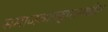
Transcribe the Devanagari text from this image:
समाजव्यवहारामधील